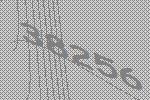
38256